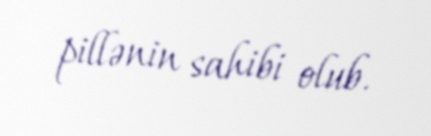
pillənin sahibi olub.